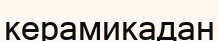
керамикадан